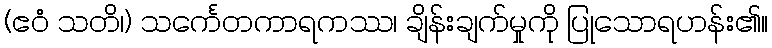
(ဧဝံ သတိ၊) သင်္ကေတကာရကဿ၊ ချိန်းချက်မှုကို ပြုသောရဟန်း၏။